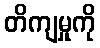
တိကျမှုကို